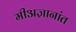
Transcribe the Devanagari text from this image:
मीअज्ञानांत